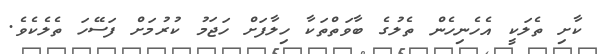
ކާށި ތެލަކީ އެހެނިހެން ތެލުގެ ބާވަތްތަކާ ހިލާފަށް ހަޖަމު ކުރުމަށް ފަސޭހަ ތެލެކެވެ.